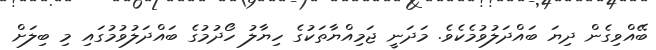
ބޭއްވިގެން ދިޔަ ބައްދަލުވުމެކެވެ. މަދަނީ ޖަމިއްޔާތަކުގެ ހިޔާލު ހޯދުމުގެ ބައްދަލުވުމުގައި މި ބިލަށް